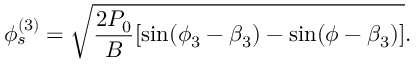
\phi _ { s } ^ { ( 3 ) } = \sqrt { \frac { 2 P _ { 0 } } { B } [ \sin ( \phi _ { 3 } - \beta _ { 3 } ) - \sin ( \phi - \beta _ { 3 } ) ] } .